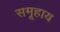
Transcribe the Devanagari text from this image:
समूहाय